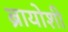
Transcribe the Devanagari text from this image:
ब्रायोशी